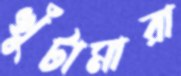
খুঁটামারা